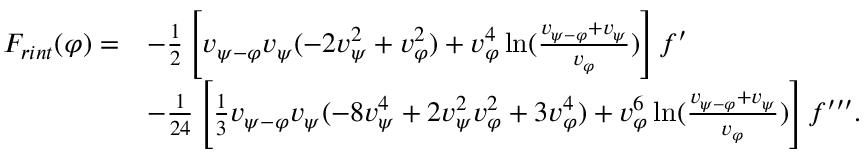
\begin{array} { r l } { F _ { r i n t } ( \varphi ) = } & { - { \frac { 1 } { 2 } } \left[ v _ { { { \psi } } - \varphi } v _ { { \psi } } ( - 2 v _ { { \psi } } ^ { 2 } + v _ { \varphi } ^ { 2 } ) + v _ { \varphi } ^ { 4 } \ln ( { \frac { v _ { { { \psi } } - \varphi } + v _ { { \psi } } } { v _ { \varphi } } } ) \right] f ^ { \prime } } \\ & { - { \frac { 1 } { 2 4 } } \left[ { \frac { 1 } { 3 } } v _ { { { \psi } } - \varphi } v _ { { \psi } } ( - 8 v _ { { \psi } } ^ { 4 } + 2 v _ { { \psi } } ^ { 2 } v _ { \varphi } ^ { 2 } + 3 v _ { \varphi } ^ { 4 } ) + v _ { \varphi } ^ { 6 } \ln ( { \frac { v _ { { { \psi } } - \varphi } + v _ { { \psi } } } { v _ { \varphi } } } ) \right] f ^ { \prime \prime \prime } . } \end{array}